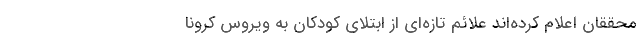
محققان اعلام کرده‌اند علائم تازه‌ای از ابتلای کودکان به ویروس کرونا